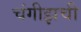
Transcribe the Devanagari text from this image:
चंगीझची